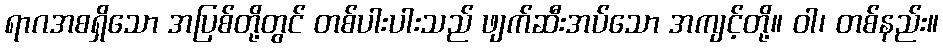
ရာဂအစရှိသော အပြစ်တို့တွင် တစ်ပါးပါးသည် ဖျက်ဆီးအပ်သော အကျင့်တို့။ ဝါ၊ တစ်နည်း။